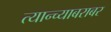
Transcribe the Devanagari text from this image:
त्यान्च्याबराबर